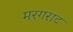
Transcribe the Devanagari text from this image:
मरगराट